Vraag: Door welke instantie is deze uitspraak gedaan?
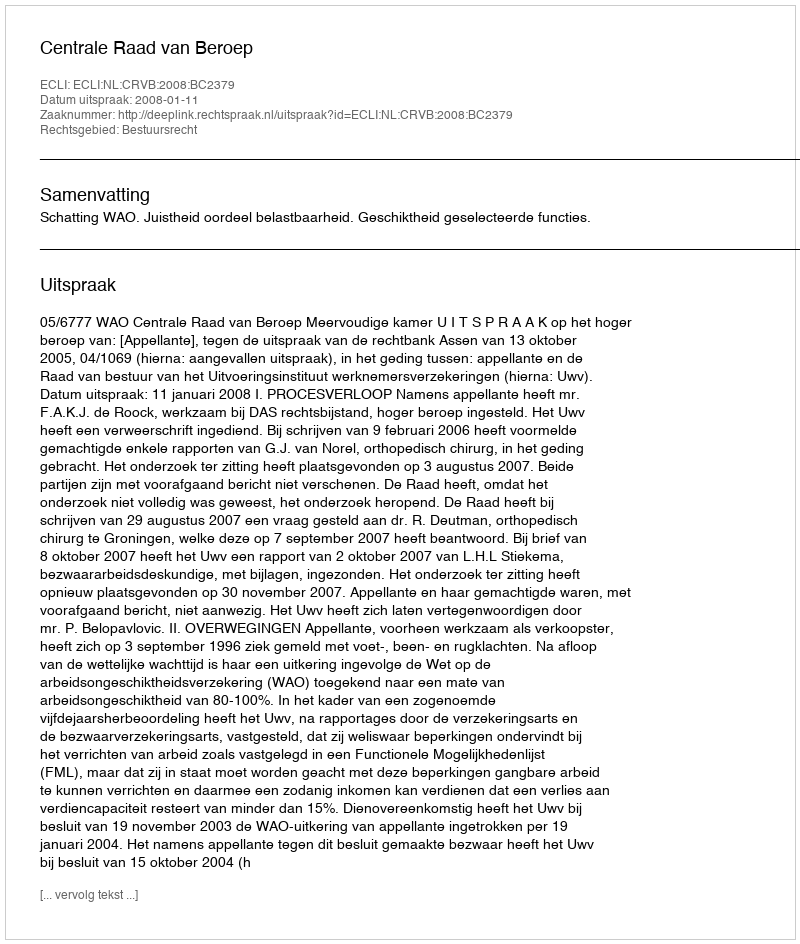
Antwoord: Centrale Raad van Beroep